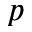
p